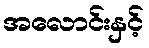
အလောင်းနှင့်